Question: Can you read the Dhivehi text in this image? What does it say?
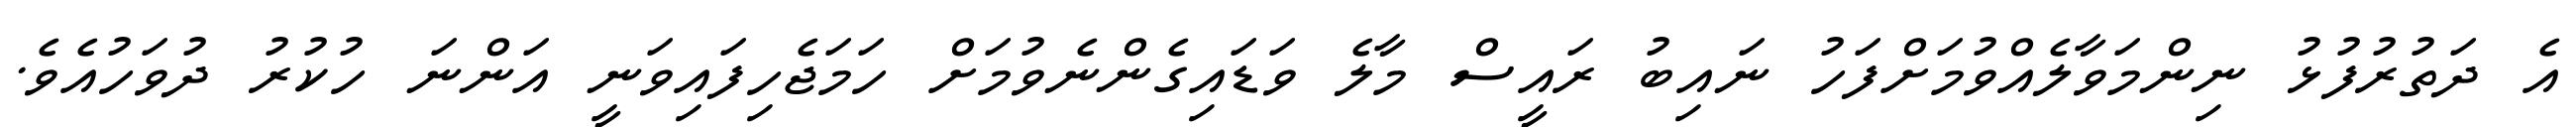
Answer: އެ ދަތުރުފުޅު ނިންމަވާލެއްވުމަށްފަހު ނައިބު ރައީސް މާލެ ވަޑައިގެންނެވުމަށް ހަމަޖެހިފައިވަނީ އަންނަ ހުކުރު ދުވަހުއެވެ.